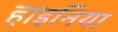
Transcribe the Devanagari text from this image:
हाइनिया